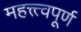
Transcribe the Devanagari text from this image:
महत्त्त्वपूर्ण